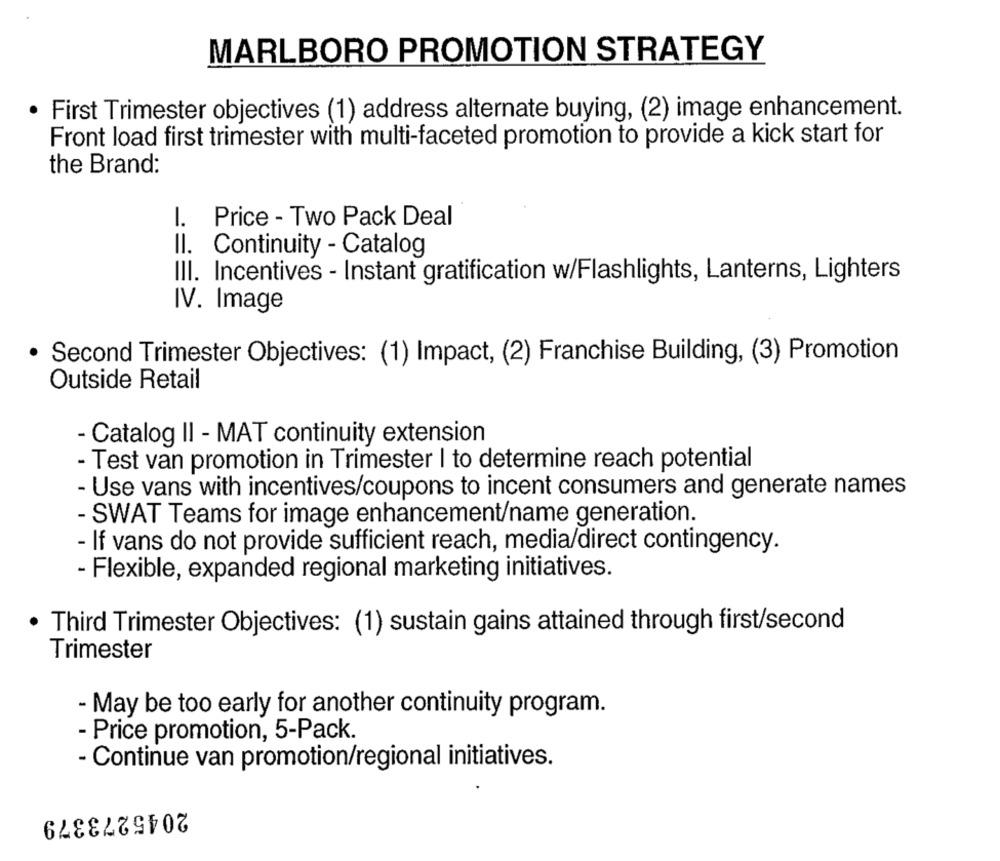
MARLBORO PROMOTION STRATEGY
· First Trimester objectives (1) address alternate buying, (2) image enhancement.
Front load first trimester with multi-faceted promotion to provide a kick start for
the Brand:
1.
Price - Two Pack Deal
Continuity - Catalog
III. Incentives - Instant gratification w/Flashlights, Lanterns, Lighters
IV. Image
· Second Trimester Objectives: (1) Impact, (2) Franchise Building, (3) Promotion
Outside Retail
- Catalog II - MAT continuity extension
- Test van promotion in Trimester I to determine reach potential
- Use vans with incentives/coupons to incent consumers and generate names
- SWAT Teams for image enhancement/name generation.
- If vans do not provide sufficient reach, media/direct contingency.
- Flexible, expanded regional marketing initiatives.
· Third Trimester Objectives: (1) sustain gains attained through first/second
Trimester
- May be too early for another continuity program.
- Price promotion, 5-Pack.
- Continue van promotion/regional initiatives.
2045273379